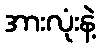
အားလုံးနဲ့